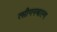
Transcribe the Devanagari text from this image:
त्सीगनबाल्ग